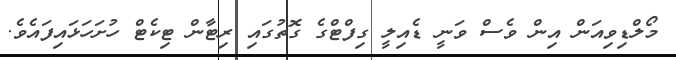
މޯލްޑިވިއަން އިން ވެސް ވަނީ ޑެއިލީ ގިފްޓްގެ ގޮތުގައި ރިޓާން ޓިކެޓް ހުށަހަޅައިފައެވެ.